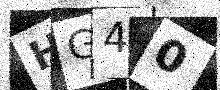
Text: HG40